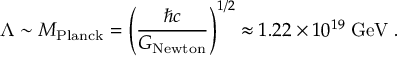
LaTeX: \Lambda \sim M _ { \mathrm { P l a n c k } } = \left( \frac { \hbar c } { G _ { \mathrm { N e w t o n } } } \right) ^ { 1 / 2 } \approx 1 . 2 2 \times 1 0 ^ { 1 9 } \mathrm { \; G e V } \; .